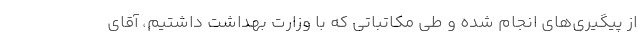
از پیگیری‌های انجام شده و طی مکاتباتی که با وزارت بهداشت داشتیم، آقای